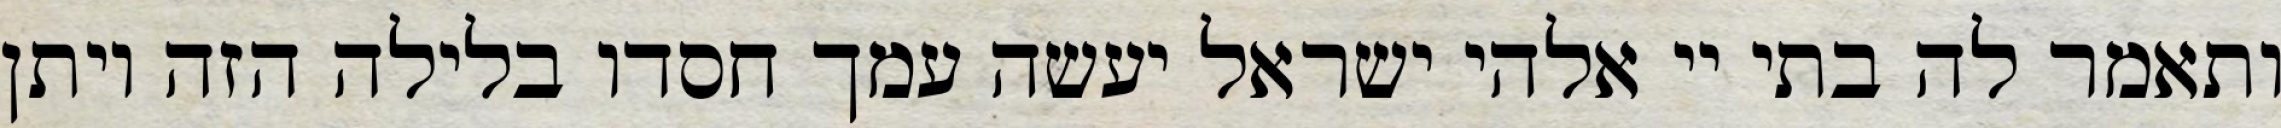
ותאמר לה בתי יי אלהי ישראל יעשה עמך חסדו בלילה הזה ויתן